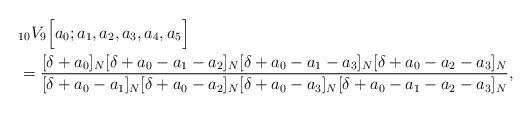
LaTeX: \begin{align*}&{}_{10}V_{9}\Big[a_0;a_1,a_2,a_3,a_4,a_5\Big]\\&=\dfrac{[\delta+a_0]_N[\delta+a_0-a_1-a_2]_N[\delta+a_0-a_1-a_3]_N[\delta+a_0-a_2-a_3]_N}{[\delta+a_0-a_1]_N[\delta+a_0-a_2]_N[\delta+a_0-a_3]_N[\delta+a_0-a_1-a_2-a_3]_N}, \end{align*}